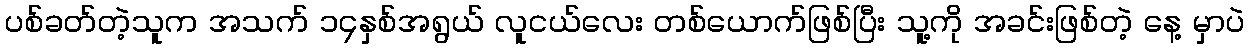
ပစ်ခတ်တဲ့သူက အသက် ၁၄နှစ်အရွယ် လူငယ်လေး တစ်ယောက်ဖြစ်ပြီး သူ့ကို အခင်းဖြစ်တဲ့ နေ့ မှာပဲ